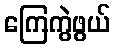
ကြေကွဲဖွယ်